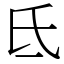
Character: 氐